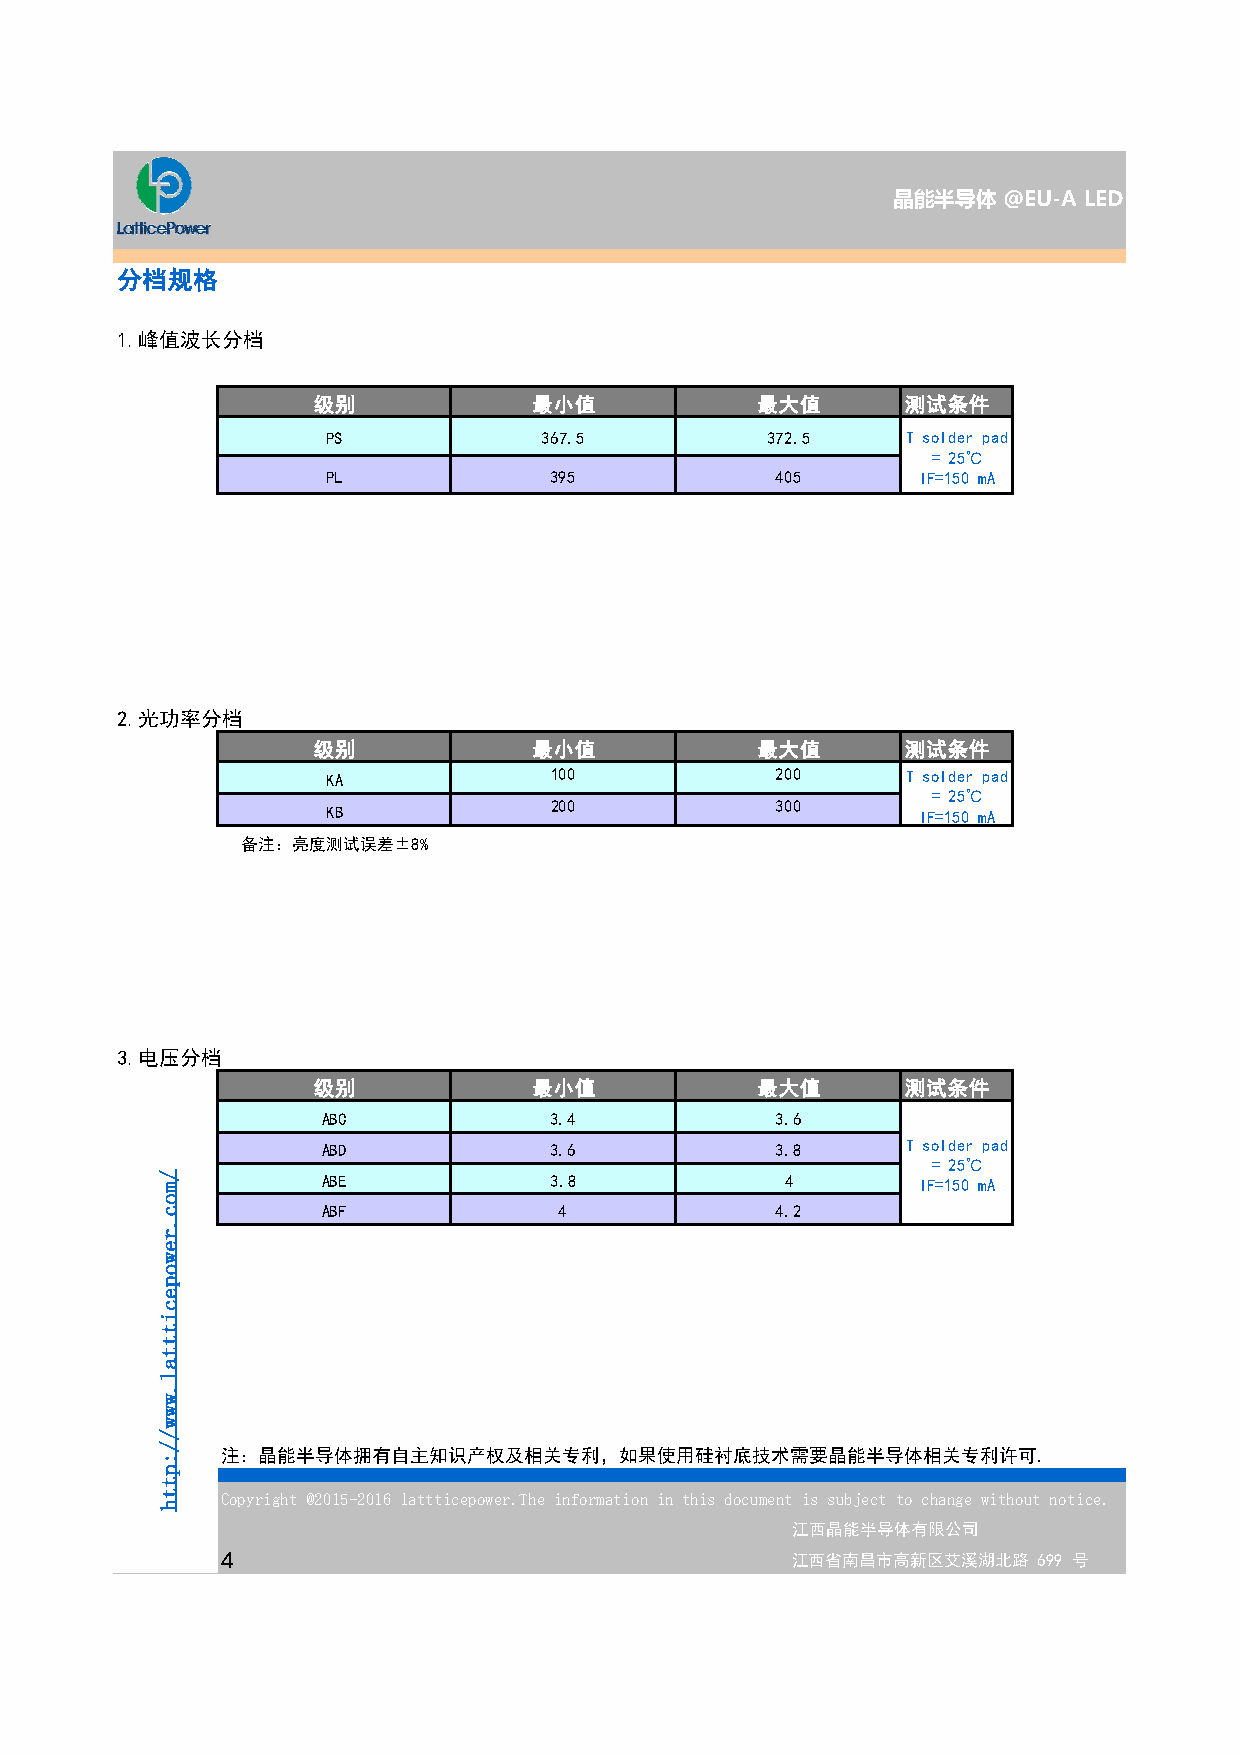
晶能半导体  @EU-A LED
 分档规格
 1.峰值波长分档
 级别            最小值            最大值       测试条件
 PS            367.5          372.5    T solder pad
 = 25℃
 PL            395            405       IF=150 mA
 2.光功率分档
 级别            最小值            最大值       测试条件
 KA            100            200      T solder pad
 = 25℃
 KB            200            300       IF=150 mA
 备注：亮度测试误差±8%
 3.电压分档
 级别            最小值            最大值       测试条件
 ABC            3.4            3.6
 ABD            3.6            3.8      T solder pad
 = 25℃
 ABE            3.8             4        IF=150 mA
 ABF             4             4.2
 注：晶能半导体拥有自主知识产权及相关专利，如果使用硅衬底技术需要晶能半导体相关专利许可.
 Copyright @2015-2016 lattticepower.The information in this document is subject to change without notice.
 江西晶能半导体有限公司
 4                                    江西省南昌市高新区艾溪湖北路   699 号
 /moc.rewopecitttal.www//:ptth